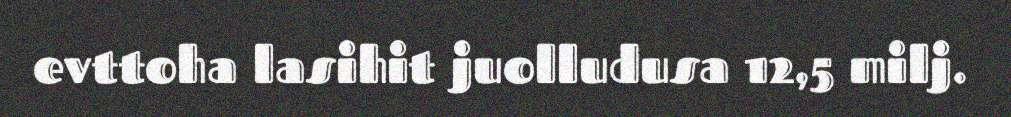
evttoha lasihit juolludusa 12,5 milj.